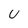
Character: U